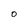
Character: O